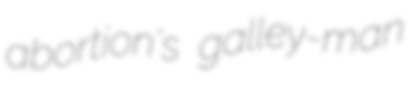
abortion's galley-man